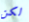
لكن